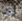
أوه